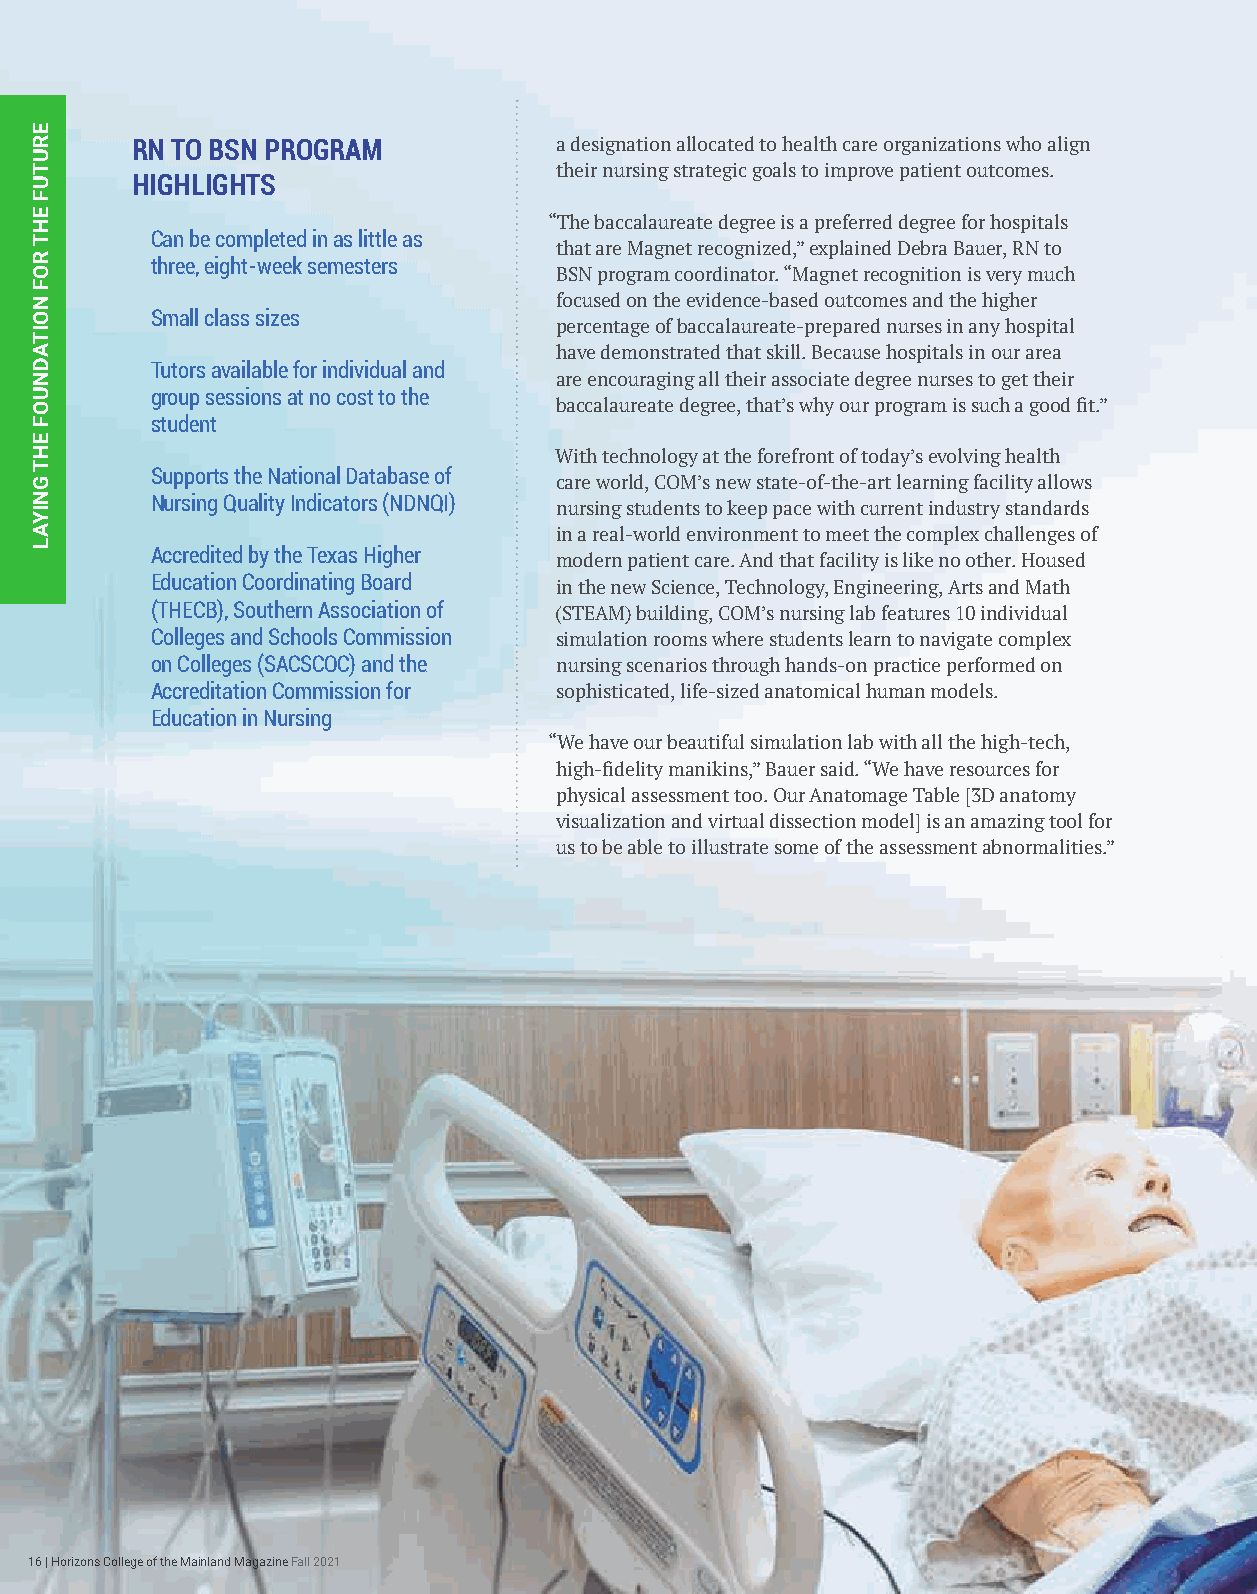
RN TO BSN PROGRAM           a designation allocated to health care organizations who align
 their nursing strategic goals to improve patient outcomes.
 HIGHLIGHTS
 “The baccalaureate degree is a preferred degree for hospitals
 Can be completed in as little as
 that are Magnet recognized,” explained Debra Bauer, RN to
 three, eight-week semesters
 BSN program coordinator. “Magnet recognition is very much
 focused on the evidence-based outcomes and the higher
 Small class sizes
 percentage of baccalaureate-prepared nurses in any hospital
 have demonstrated that skill. Because hospitals in our area
 Tutors available for individual and
 are encouraging all their associate degree nurses to get their
 group sessions at no cost to the
 baccalaureate degree, that’s why our program is such a good fit.”
 student
 With technology at the forefront of today’s evolving health
 Supports the National Database of
 care world, COM’s new state-of-the-art learning facility allows
 Nursing Quality Indicators (NDNQI) nursing students to keep pace with current industry standards
 in a real-world environment to meet the complex challenges of
 Accredited by the Texas Higher
 modern patient care. And that facility is like no other. Housed
 Education Coordinating Board in the new Science, Technology, Engineering, Arts and Math
 (THECB), Southern Association of (STEAM) building, COM’s nursing lab features 10 individual
 Colleges and Schools Commission simulation rooms where students learn to navigate complex
 on Colleges (SACSCOC) and the nursing scenarios through hands-on practice performed on
 Accreditation Commission for sophisticated, life-sized anatomical human models.
 Education in Nursing
 “We have our beautiful simulation lab with all the high-tech,
 high-fidelity manikins,” Bauer said. “We have resources for
 physical assessment too. Our Anatomage Table [3D anatomy
 visualization and virtual dissection model] is an amazing tool for
 us to be able to illustrate some of the assessment abnormalities.”
 16 | Horizons College of the Mainland Magazine Fall 2021
 ERUTUF
 EHT
 ROF
 NOITADNUOF
 EHT
 GNIYAL